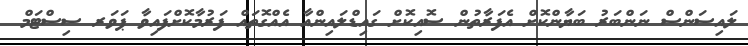
ލައިސަންސް ނަންބަރު ބަޔާންކޮށް އެފަރާތުން ސޮއިކޮށް ގައިޑްލައިންއާ އެއްގޮތައް ފަރުމާކޮށްފައިވާ ޕަވަރ ސިސްޓަމް